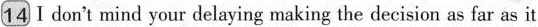
14 I don't mind your delaying making the decision as far as it